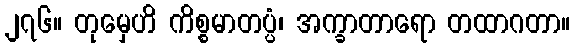
၂၇၆။ တုမှေဟိ ကိစ္စမာတပ္ပံ၊ အက္ခာတာရော တထာဂတာ။